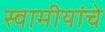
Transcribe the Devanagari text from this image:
स्वामीयांचे